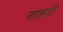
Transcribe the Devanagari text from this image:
नाक़द्री